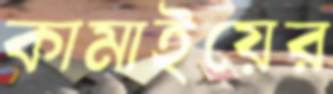
কামাইয়ের